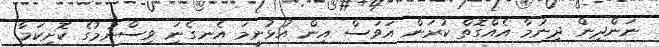
ނަންދިން ދިނުމާ އެއްގޮތް ކުރަން އަވަސް އިން އުޅުނީމަ އެނގެނަި ވިސްނުމުގެ ކޮށިކަމާ